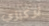
تركيزي